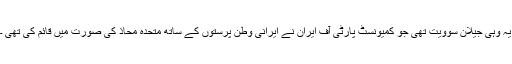
یہ وہی جیلان سوویت تھی جو کمیونسٹ پارٹی آف ایران نے ایرانی وطن پرستوں کے ساتھ متحدہ محاذ کی صورت میں قائم کی تھی ۔